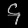
Digit: ၄